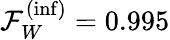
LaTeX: \mathcal{F}_{W}^{(\mathrm{inf})}=0.995